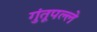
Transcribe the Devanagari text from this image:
गुंतूपल्ले